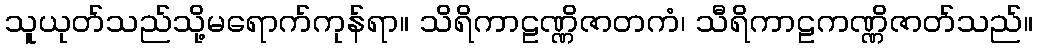
သူယုတ်သည်သို့မရောက်ကုန်ရာ။ သိရိကာဠဏ္ဏိဇာတကံ၊ သီရိကာဠကဏ္ဏိဇာတ်သည်။